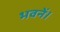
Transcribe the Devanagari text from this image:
भवनें।